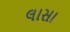
લાસા